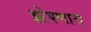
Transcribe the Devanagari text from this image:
झेपणारा